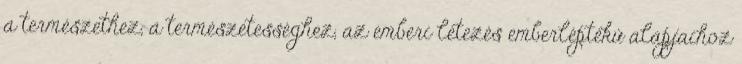
a természethez, a természetességhez, az emberi létezés emberléptékű alapjaihoz